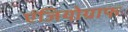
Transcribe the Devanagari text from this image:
एंजियोग्राफ